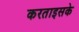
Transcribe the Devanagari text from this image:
करताइसके